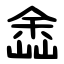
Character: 嵞